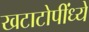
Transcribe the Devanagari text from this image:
खटाटोपींध्ये